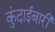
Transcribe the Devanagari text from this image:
कुंदाईबारी